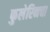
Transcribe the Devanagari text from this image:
फुलेरिनचा